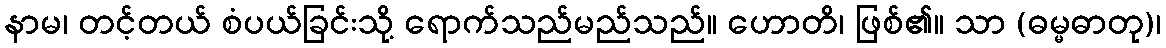
နာမ၊ တင့်တယ် စံပယ်ခြင်းသို့ ရောက်သည်မည်သည်။ ဟောတိ၊ ဖြစ်၏။ သာ (ဓမ္မဓာတု)၊